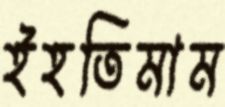
ইহতিমাম